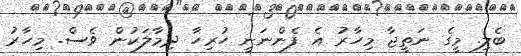
ބެލި. މީގެ ނަތީޖާ މިހާރު އެ ފެންނަނީ ހުރިހާ ދިމާލަކުން ވެސް. މިހާރު